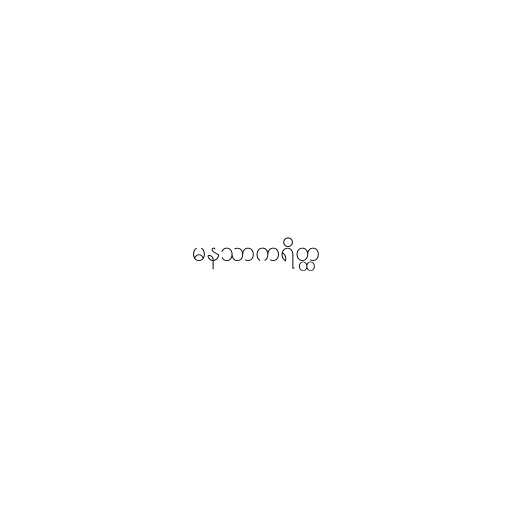
မနသာကရိတ္ထ